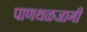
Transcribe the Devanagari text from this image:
पाणथळजागी